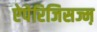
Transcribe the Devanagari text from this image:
ऐपेरिजिसज्म़